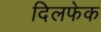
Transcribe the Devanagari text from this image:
दिलफेक